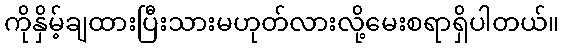
ကိုနှိမ့်ချထားပြီးသားမဟုတ်လားလို့မေးစရာရှိပါတယ်။